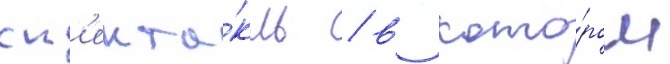
сп'екта́кль / в кото́ром